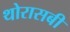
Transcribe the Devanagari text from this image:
थोरासबी